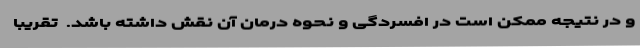
و در نتیجه ممکن است در افسردگی و نحوه درمان آن نقش داشته باشد.  تقریبا